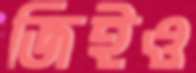
জিইও